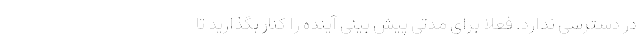
در دسترسی ندارد. فعلا برای مدتی پیش بینی آینده را کنار بگذارید تا